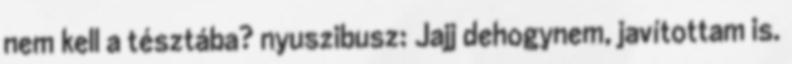
nem kell a tésztába? nyuszibusz: Jajj dehogynem, javítottam is.